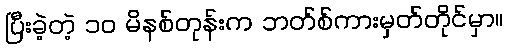
ပြီးခဲ့တဲ့ ၁၀ မိနစ်တုန်းက ဘတ်စ်ကားမှတ်တိုင်မှာ။